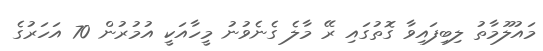
މައުލޫމާތު ލިބިފައިވާ ގޮތުގައި ރޭ މާލެ ގެނެވުނު މީހާއަކީ އުމުރުން 70 އަހަރުގެ